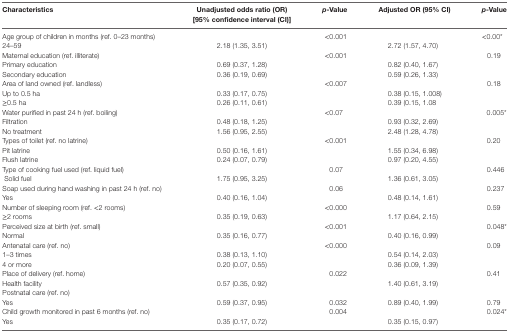
<table><thead><tr><td><b>Characteristics</b></td><td><b>Unadjusted odds ratio (OR) [95% confidence interval (CI)]</b></td><td><b><i>p</i>-Value</b></td><td><b>Adjusted OR (95% CI)</b></td><td><b><i>p</i>-Value</b></td></tr></thead><tbody><tr><td>Age group of children in months (ref. 0–23 months)</td><td></td><td>&lt;0.001</td><td></td><td>&lt;0.00*</td></tr><tr><td>24–59</td><td>2.18 (1.35, 3.51)</td><td></td><td>2.72 (1.57, 4.70)</td><td></td></tr><tr><td>Maternal education (ref. illiterate)</td><td></td><td>&lt;0.001</td><td></td><td>0.19</td></tr><tr><td>Primary education</td><td>0.69 (0.37, 1.28)</td><td></td><td>0.82 (0.40, 1.67)</td><td></td></tr><tr><td>Secondary education</td><td>0.36 (0.19, 0.69)</td><td></td><td>0.59 (0.26, 1.33)</td><td></td></tr><tr><td>Area of land owned (ref. landless)</td><td></td><td>&lt;0.007</td><td></td><td>0.18</td></tr><tr><td>Up to 0.5 ha</td><td>0.33 (0.17, 0.75)</td><td></td><td>0.38 (0.15, 1.008)</td><td></td></tr><tr><td>≥0.5 ha</td><td>0.26 (0.11, 0.61)</td><td></td><td>0.39 (0.15, 1.08</td><td></td></tr><tr><td>Water purified in past 24 h (ref. boiling)</td><td></td><td>&lt;0.07</td><td></td><td>0.005*</td></tr><tr><td>Filtration</td><td>0.48 (0.18, 1.25)</td><td></td><td>0.93 (0.32, 2.69)</td><td></td></tr><tr><td>No treatment</td><td>1.56 (0.95, 2.55)</td><td></td><td>2.48 (1.28, 4.78)</td><td></td></tr><tr><td>Types of toilet (ref. no latrine)</td><td></td><td>&lt;0.001</td><td></td><td>0.20</td></tr><tr><td>Pit latrine</td><td>0.50 (0.16, 1.61)</td><td></td><td>1.55 (0.34, 6.98)</td><td></td></tr><tr><td>Flush latrine</td><td>0.24 (0.07, 0.79)</td><td></td><td>0.97 (0.20, 4.55)</td><td></td></tr><tr><td>Type of cooking fuel used (ref. liquid fuel)</td><td></td><td>0.07</td><td></td><td>0.446</td></tr><tr><td>Solid fuel</td><td>1.75 (0.95, 3.25)</td><td></td><td>1.36 (0.61, 3.05)</td><td></td></tr><tr><td>Soap used during hand washing in past 24 h (ref. no)</td><td></td><td>0.06</td><td></td><td>0.237</td></tr><tr><td>Yes</td><td>0.40 (0.16, 1.04)</td><td></td><td>0.48 (0.14, 1.61)</td><td></td></tr><tr><td>Number of sleeping room (ref. &lt;2 rooms)</td><td></td><td>&lt;0.000</td><td></td><td>0.59</td></tr><tr><td>≥2 rooms</td><td>0.35 (0.19, 0.63)</td><td></td><td>1.17 (0.64, 2.15)</td><td></td></tr><tr><td>Perceived size at birth (ref. small)</td><td></td><td>&lt;0.001</td><td></td><td>0.048*</td></tr><tr><td>Normal</td><td>0.35 (0.16, 0.77)</td><td></td><td>0.40 (0.16, 0.99)</td><td></td></tr><tr><td>Antenatal care (ref. no)</td><td></td><td>&lt;0.000</td><td></td><td>0.09</td></tr><tr><td>1–3 times</td><td>0.38 (0.13, 1.10)</td><td></td><td>0.54 (0.14, 2.03)</td><td></td></tr><tr><td>4 or more</td><td>0.20 (0.07, 0.55)</td><td></td><td>0.36 (0.09, 1.39)</td><td></td></tr><tr><td>Place of delivery (ref. home)</td><td></td><td>0.022</td><td></td><td>0.41</td></tr><tr><td>Health facility</td><td>0.57 (0.35, 0.92)</td><td></td><td>1.40 (0.61, 3.19)</td><td></td></tr><tr><td>Postnatal care (ref. no)</td><td></td><td></td><td></td><td></td></tr><tr><td>Yes</td><td>0.59 (0.37, 0.95)</td><td>0.032</td><td>0.89 (0.40, 1.99)</td><td>0.79</td></tr><tr><td>Child growth monitored in past 6 months (ref. no)</td><td></td><td>0.004</td><td></td><td>0.024*</td></tr><tr><td>Yes</td><td>0.35 (0.17, 0.72)</td><td></td><td>0.35 (0.15, 0.97)</td><td></td></tr></tbody></table>